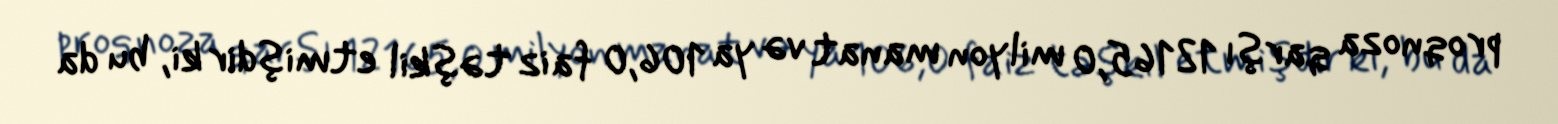
proqnoza qarşı 12165,0 milyon manat və ya 106,0 faiz təşkil etmişdir ki, bu da